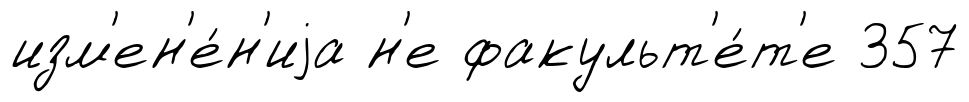
изм'ен'е́н'иjа н'е факульт'е́т'е 357